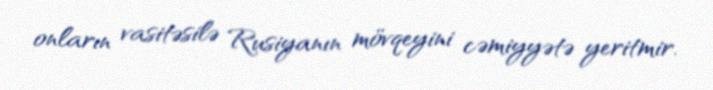
onların vasitəsilə Rusiyanın mövqeyini cəmiyyətə yeritmir.